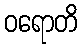
ဝရောတိ